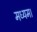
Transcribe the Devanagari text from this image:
मध्यम।